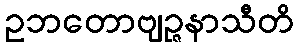
ဥဘတောဗျဉ္ဇနာသီတိ